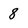
Character: 8